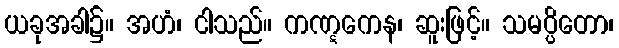
ယခုအခါ၌။ အဟံ၊ ငါသည်။ ကဏ္ဋကေန၊ ဆူးဖြင့်။ သမပ္ပိတော၊